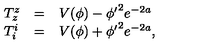
\left. \begin{array} { l c l } { T _ { z } ^ { z } } & { = } & { V ( \phi ) - { { { { { \phi ^ { \prime } } } ^ { 2 } } } { { e ^ { - 2 a } } } } } \\ { T _ { i } ^ { i } } & { = } & { V ( \phi ) + { { { { { \phi ^ { \prime } } } ^ { 2 } } } { { e ^ { - 2 a } } } } , } \\ \end{array} \right.